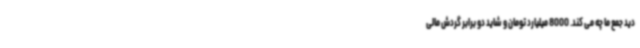
دید جمع ما چه می کند. 8000 میلیارد تومان و شاید دو برابر گردش مالی